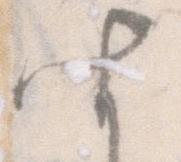
聞